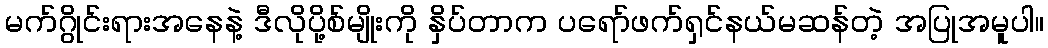
မက်ဂွိုင်းရားအနေနဲ့ ဒီလိုပို့စ်မျိုးကို နှိပ်တာက ပရော်ဖက်ရှင်နယ်မဆန်တဲ့ အပြုအမူပါ။